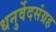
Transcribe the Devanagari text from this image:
धनुर्वेदसंग्रह